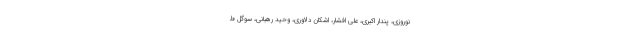
نوروزی، پندار اکبری، علی افشار، اشکان دلاوری، وحید رهبانی، سوگل ط